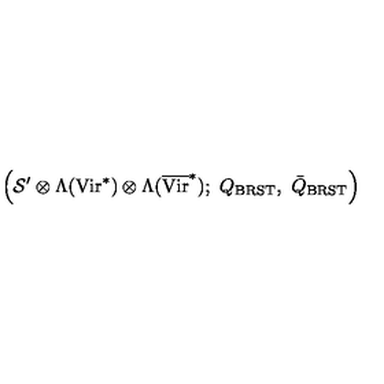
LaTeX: \left( { \mathcal S } ^ { \prime } \otimes \Lambda ( \mathrm { V i r } ^ { * } ) \otimes \Lambda ( \overline { \mathrm { V i r } } ^ { * } ) ; \ Q _ { \mathrm { B R S T } } , \ \bar { Q } _ { \mathrm { B R S T } } \right)